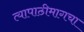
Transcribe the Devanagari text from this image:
त्यापाठीमागचा